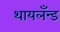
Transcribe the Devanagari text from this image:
थायलँन्ड